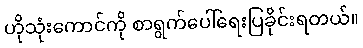
ဟိုသုံးကောင်ကို စာရွက်ပေါ်ရေးပြခိုင်းရတယ်။